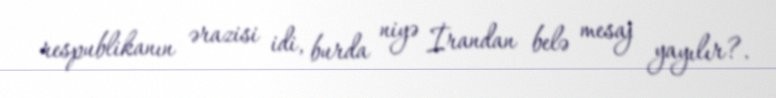
respublikanın ərazisi idi, burda niyə İrandan belə mesaj yayılır?.